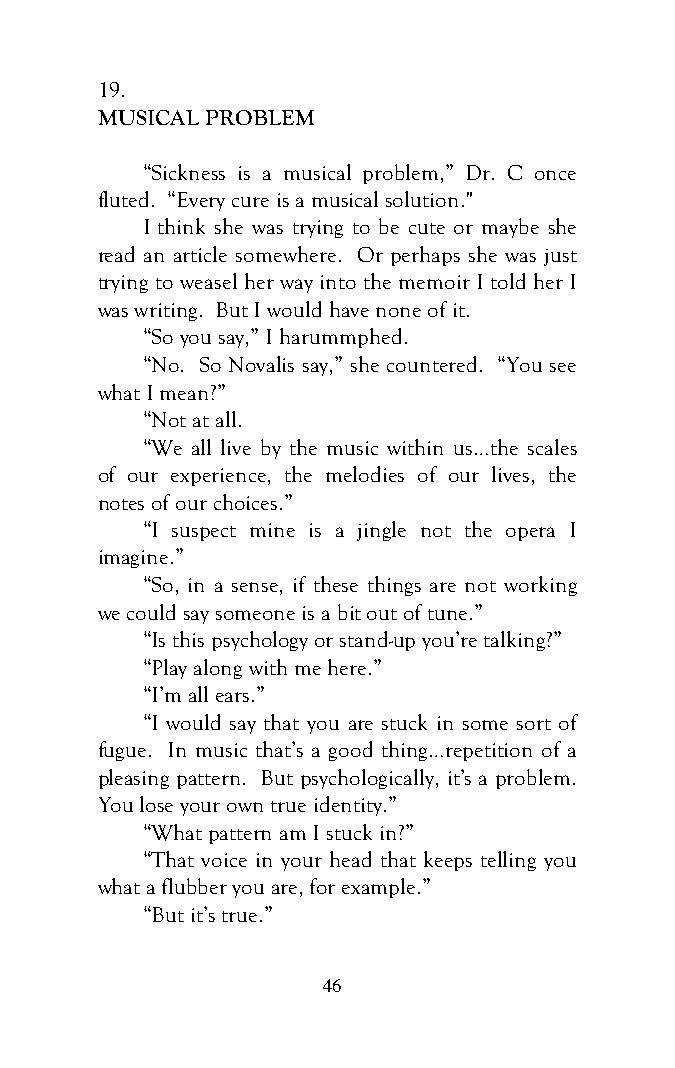
19.
 MUSICAL PROBLEM
 “Sickness is a musical problem,” Dr. C once
 fluted. “Every cure is a musical solution."
 I think she was trying to be cute or maybe she
 read an article somewhere. Or perhaps she was just
 trying to weasel her way into the memoir I told her I
 was writing. But I would have none of it.
 “So you say,” I harummphed.
 “No. So Novalis say,” she countered. “You see
 what I mean?”
 “Not at all.
 “We all live by the music within us…the scales
 of our experience, the melodies of our lives, the
 notes of our choices.”
 “I suspect mine is a jingle not the opera I
 imagine.”
 “So, in a sense, if these things are not working
 we could say someone is a bit out of tune.”
 “Is this psychology or stand-up you’re talking?”
 “Play along with me here.”
 “I’m all ears.”
 “I would say that you are stuck in some sort of
 fugue. In music that’s a good thing…repetition of a
 pleasing pattern. But psychologically, it’s a problem.
 You lose your own true identity.”
 “What pattern am I stuck in?”
 “That voice in your head that keeps telling you
 what a flubber you are, for example.”
 “But it’s true.”
 46